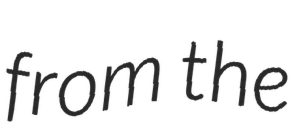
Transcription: from the